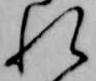
れ